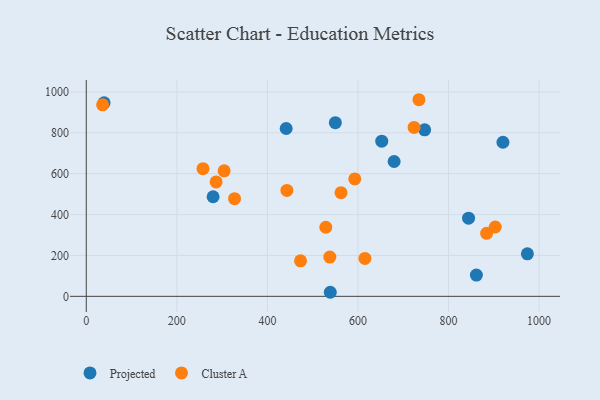
{"axis": {"x": "Study Hours", "y": "Sales"}, "legend": ["Cluster A", "Projected"], "data": [{"x": "861.6", "y": 103.8, "type": "Projected"}, {"x": "679.9", "y": 659.6, "type": "Projected"}, {"x": "441.5", "y": 821.0, "type": "Projected"}, {"x": "844.3", "y": 382.4, "type": "Projected"}, {"x": "747.3", "y": 814.7, "type": "Projected"}, {"x": "39.3", "y": 946.7, "type": "Projected"}, {"x": "550.1", "y": 849.5, "type": "Projected"}, {"x": "652.6", "y": 759.0, "type": "Projected"}, {"x": "974.2", "y": 208.2, "type": "Projected"}, {"x": "280.1", "y": 487.2, "type": "Projected"}, {"x": "920.2", "y": 753.7, "type": "Projected"}, {"x": "538.9", "y": 19.9, "type": "Projected"}, {"x": "562.6", "y": 506.9, "type": "Cluster A"}, {"x": "473.2", "y": 173.5, "type": "Cluster A"}, {"x": "537.9", "y": 192.2, "type": "Cluster A"}, {"x": "903.2", "y": 339.3, "type": "Cluster A"}, {"x": "734.7", "y": 961.8, "type": "Cluster A"}, {"x": "304.5", "y": 614.2, "type": "Cluster A"}, {"x": "286.8", "y": 559.8, "type": "Cluster A"}, {"x": "36.1", "y": 936.8, "type": "Cluster A"}, {"x": "884.2", "y": 308.1, "type": "Cluster A"}, {"x": "327.5", "y": 478.0, "type": "Cluster A"}, {"x": "615.4", "y": 185.7, "type": "Cluster A"}, {"x": "529.0", "y": 338.1, "type": "Cluster A"}, {"x": "593.0", "y": 574.6, "type": "Cluster A"}, {"x": "257.8", "y": 624.7, "type": "Cluster A"}, {"x": "443.1", "y": 518.3, "type": "Cluster A"}, {"x": "724.0", "y": 826.5, "type": "Cluster A"}]}